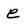
Character: e